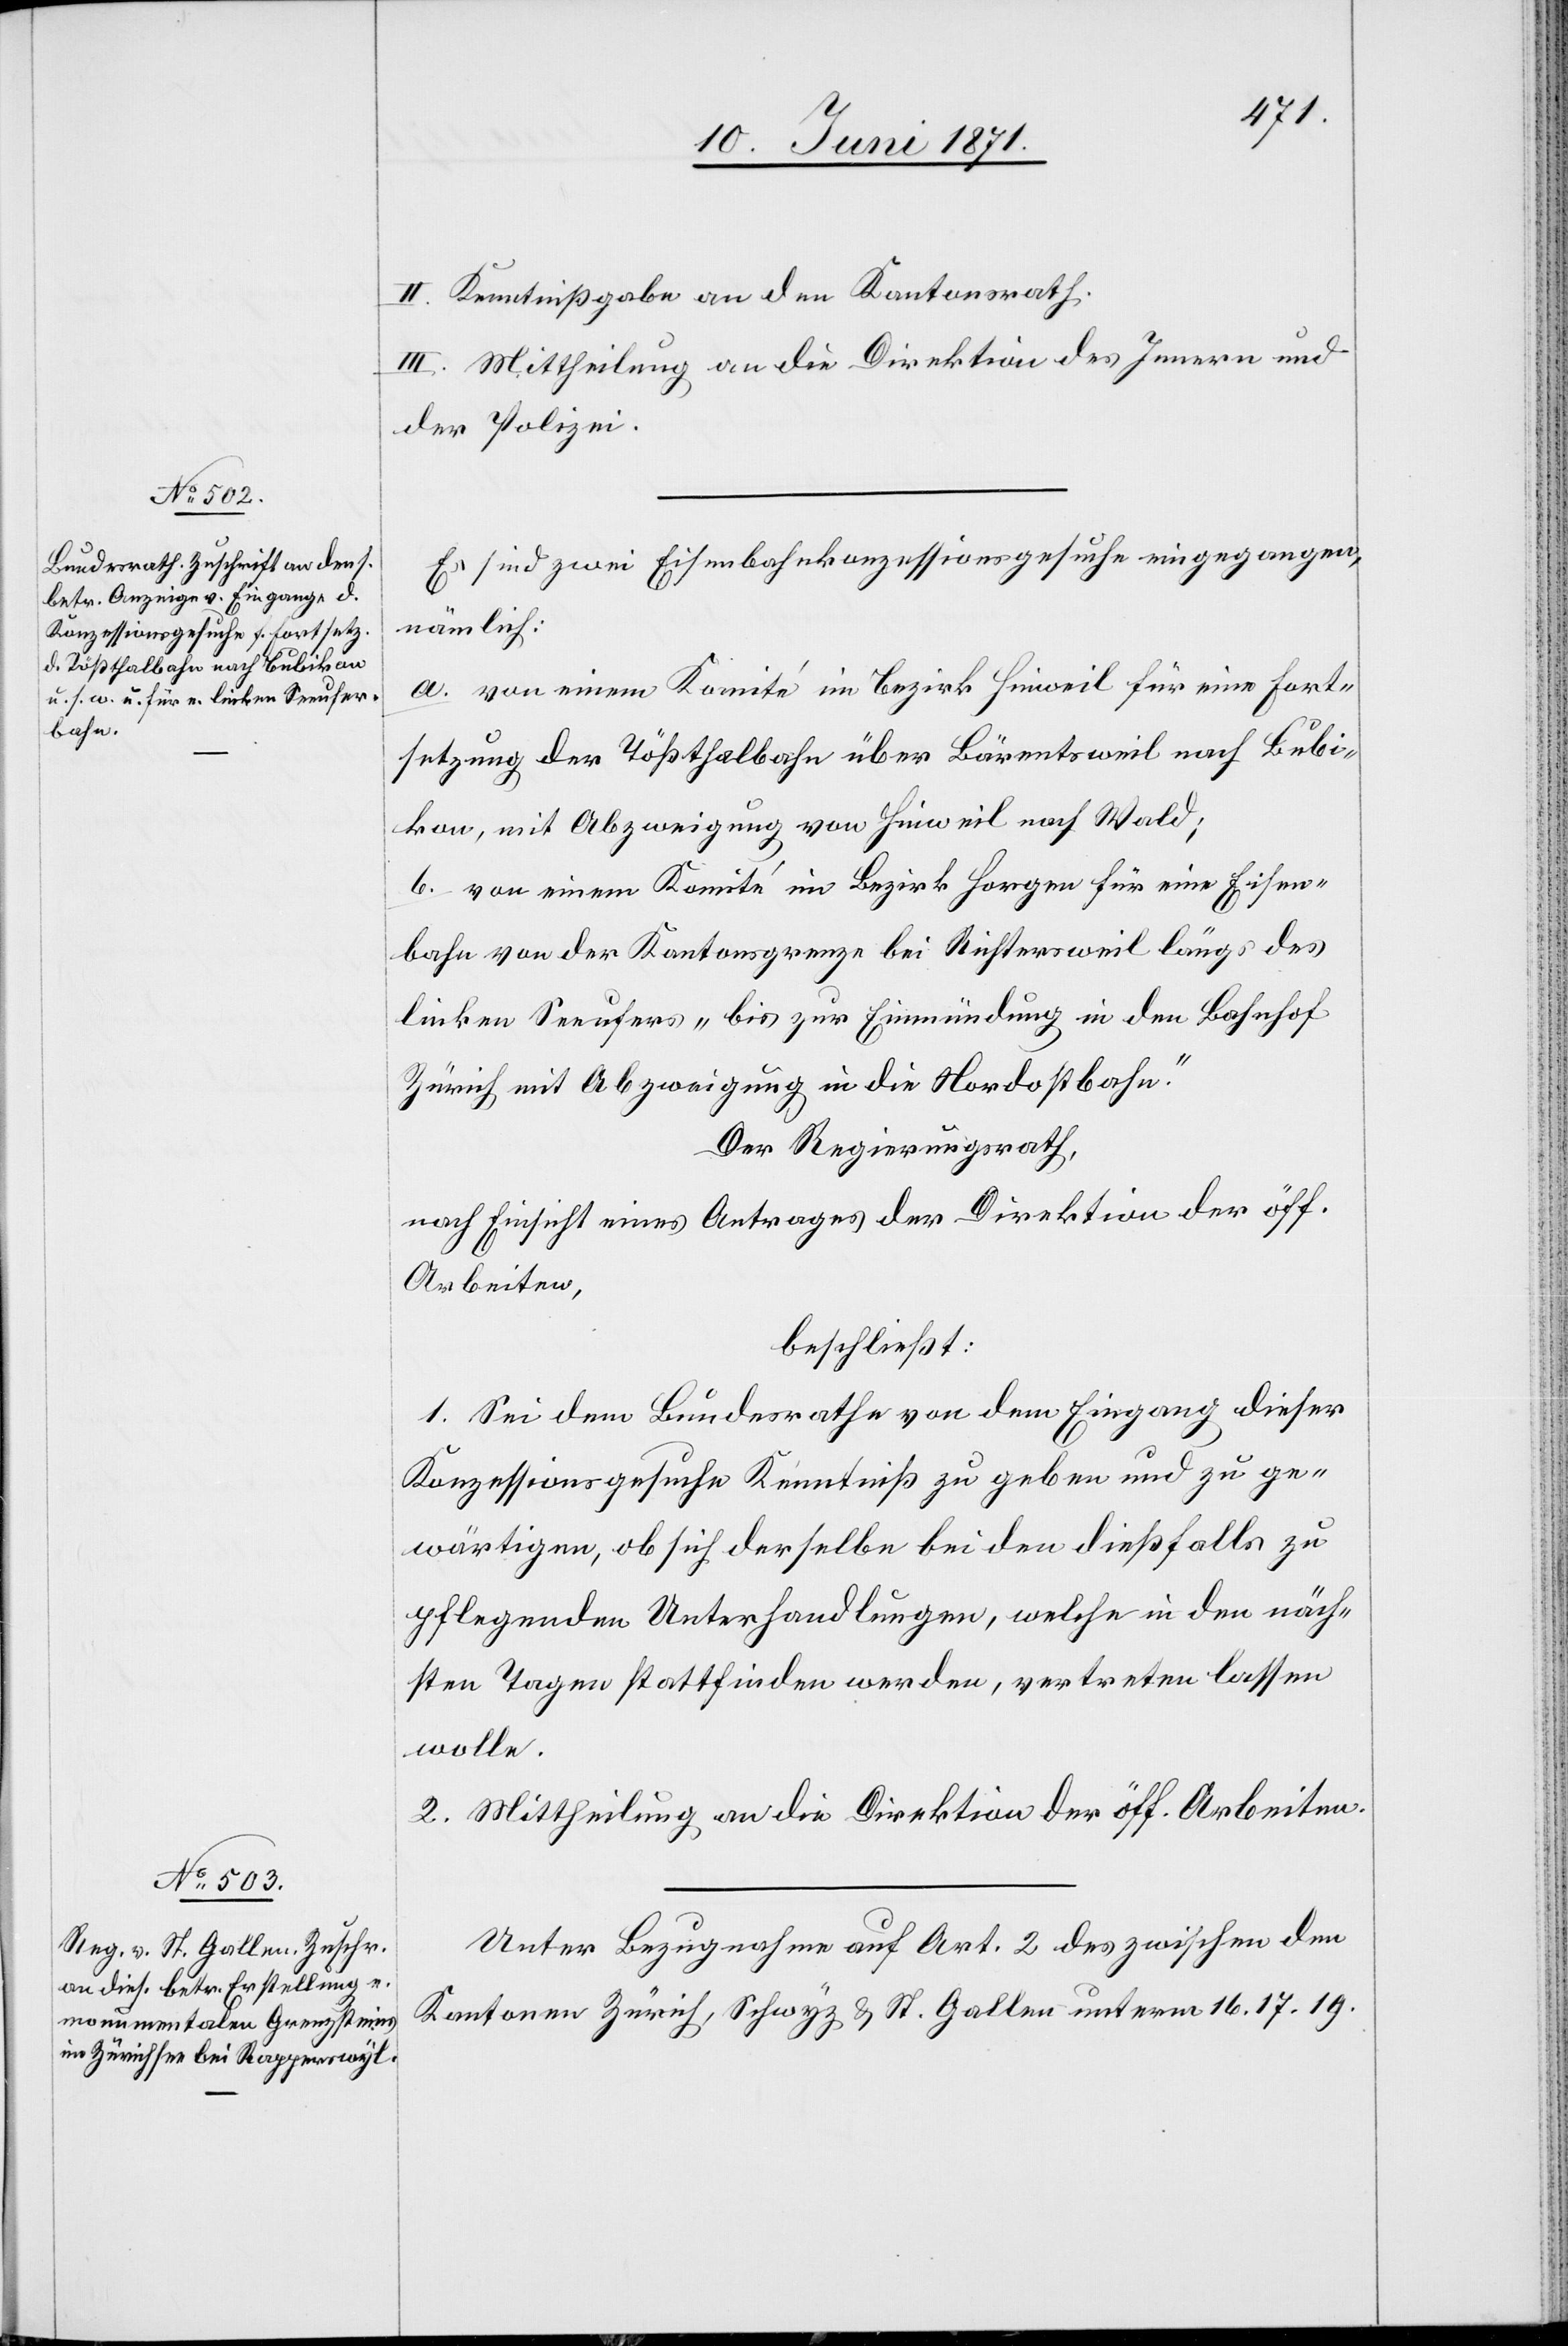
II. Kenntnißgabe an den Kantonsrath.
III. Mittheilung an die Direktion des Innern und
der Polizei.
Es sind zwei Eisenbahnkonzessionsgesuche eingegangen,
nämlich:
a. von einem Komité im Bezirk Hinweil für eine Fort¬
setzung der Tößthalbahn über Bärentsweil nach Bubi¬
kon, mit Abzweigung von Hinweil nach Wald;
b. von einem Komité im Bezirk Horgen für eine Eisen¬
bahn von der Kantonsgrenze bei Richtersweil längs des
linken Seeufers- bis zur Einmündung in den Bahnhof
Zürich mit Abzweigung in die Nordostbahn.“
Der Regierungsrath,
nach Einsicht eines Antrages der Direktion der öff.
Arbeiten,
beschließt:
1. Sei dem Bundesrathe von dem Eingang dieser
Konzessionsgesuche Kenntniß zugeben und zu ge¬
wärtigen, ob sich derselbe bei den dießfalls zu
pflegenden Unterhandlungen, welche in den näch¬
sten Tagen stattfinden werden, vertreten lassen
wolle.
2. Mittheilung an die Direktion der öff. Arbeiten.
Unter Bezugnahme auf Art. 2 des zwischen den
Kantonen Zürich, Schwyz u. St. Gallen unterm 16. 17. 19.